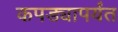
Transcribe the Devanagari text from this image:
कपड्यापर्यंत